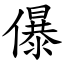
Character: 儤